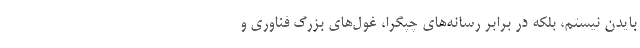
بایدن نیستم‌، بلکه در برابر رسانه‌های چپگرا، غول‌های بزرگ فناوری و